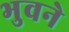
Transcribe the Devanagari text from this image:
भुवने